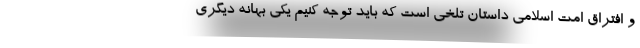
و افتراق امت اسلامی داستان تلخی است که باید توجه کنیم یکی بهانه دیگری